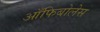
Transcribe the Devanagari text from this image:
आँफिबोलेस